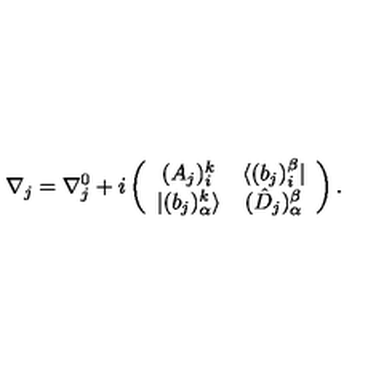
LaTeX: \nabla _ { j } = \nabla _ { j } ^ { 0 } + i \left( \begin{array} { c c } { ( A _ { j } ) _ { i } ^ { k } } & { \langle ( b _ { j } ) _ { i } ^ { \beta } | } \\ { | ( b _ { j } ) _ { \alpha } ^ { k } \rangle } & { ( \hat { D } _ { j } ) _ { \alpha } ^ { \beta } } \\ \end{array} \right) .